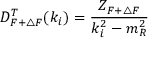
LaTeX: D _ { F + \triangle F } ^ { T } ( k _ { i } ) = \frac { Z _ { F + \triangle F } } { k _ { i } ^ { 2 } - m _ { R } ^ { 2 } }